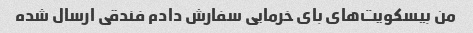
من بیسکویت‌های بای خرمایی سفارش دادم فندقی ارسال شده